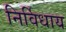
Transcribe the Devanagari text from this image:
निर्विधाय